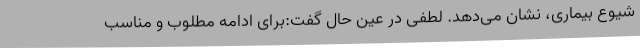
شیوع بیماری، نشان می‌دهد. لطفی در عین حال گفت:برای ادامه مطلوب و مناسب